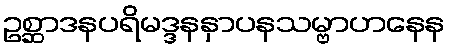
ဥစ္ဆာဒနပရိမဒ္ဒနနှာပနသမ္ဗာဟနေန